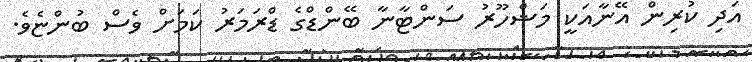
އަދި ކުރިން އޭނާއަކީ މަޝްހޫރު ސަންޓާނާ ބޭންޑްގެ ޑްރަމަރު ކަމަށް ވެސް ބުންޏެވެ.